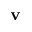
\textbf { v }